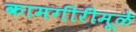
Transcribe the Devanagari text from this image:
कामगीरीमूळे